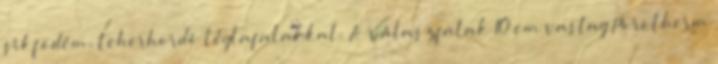
síkfödém, teherhordó téglafalakkal. A válaszfalak 10 cm vastag Porotherm